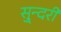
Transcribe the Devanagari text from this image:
सु्न्दरी